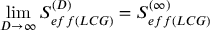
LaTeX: \operatorname * { l i m } _ { D \rightarrow \infty } S _ { e f f ( L C G ) } ^ { ( D ) } = S _ { e f f ( L C G ) } ^ { ( \infty ) }